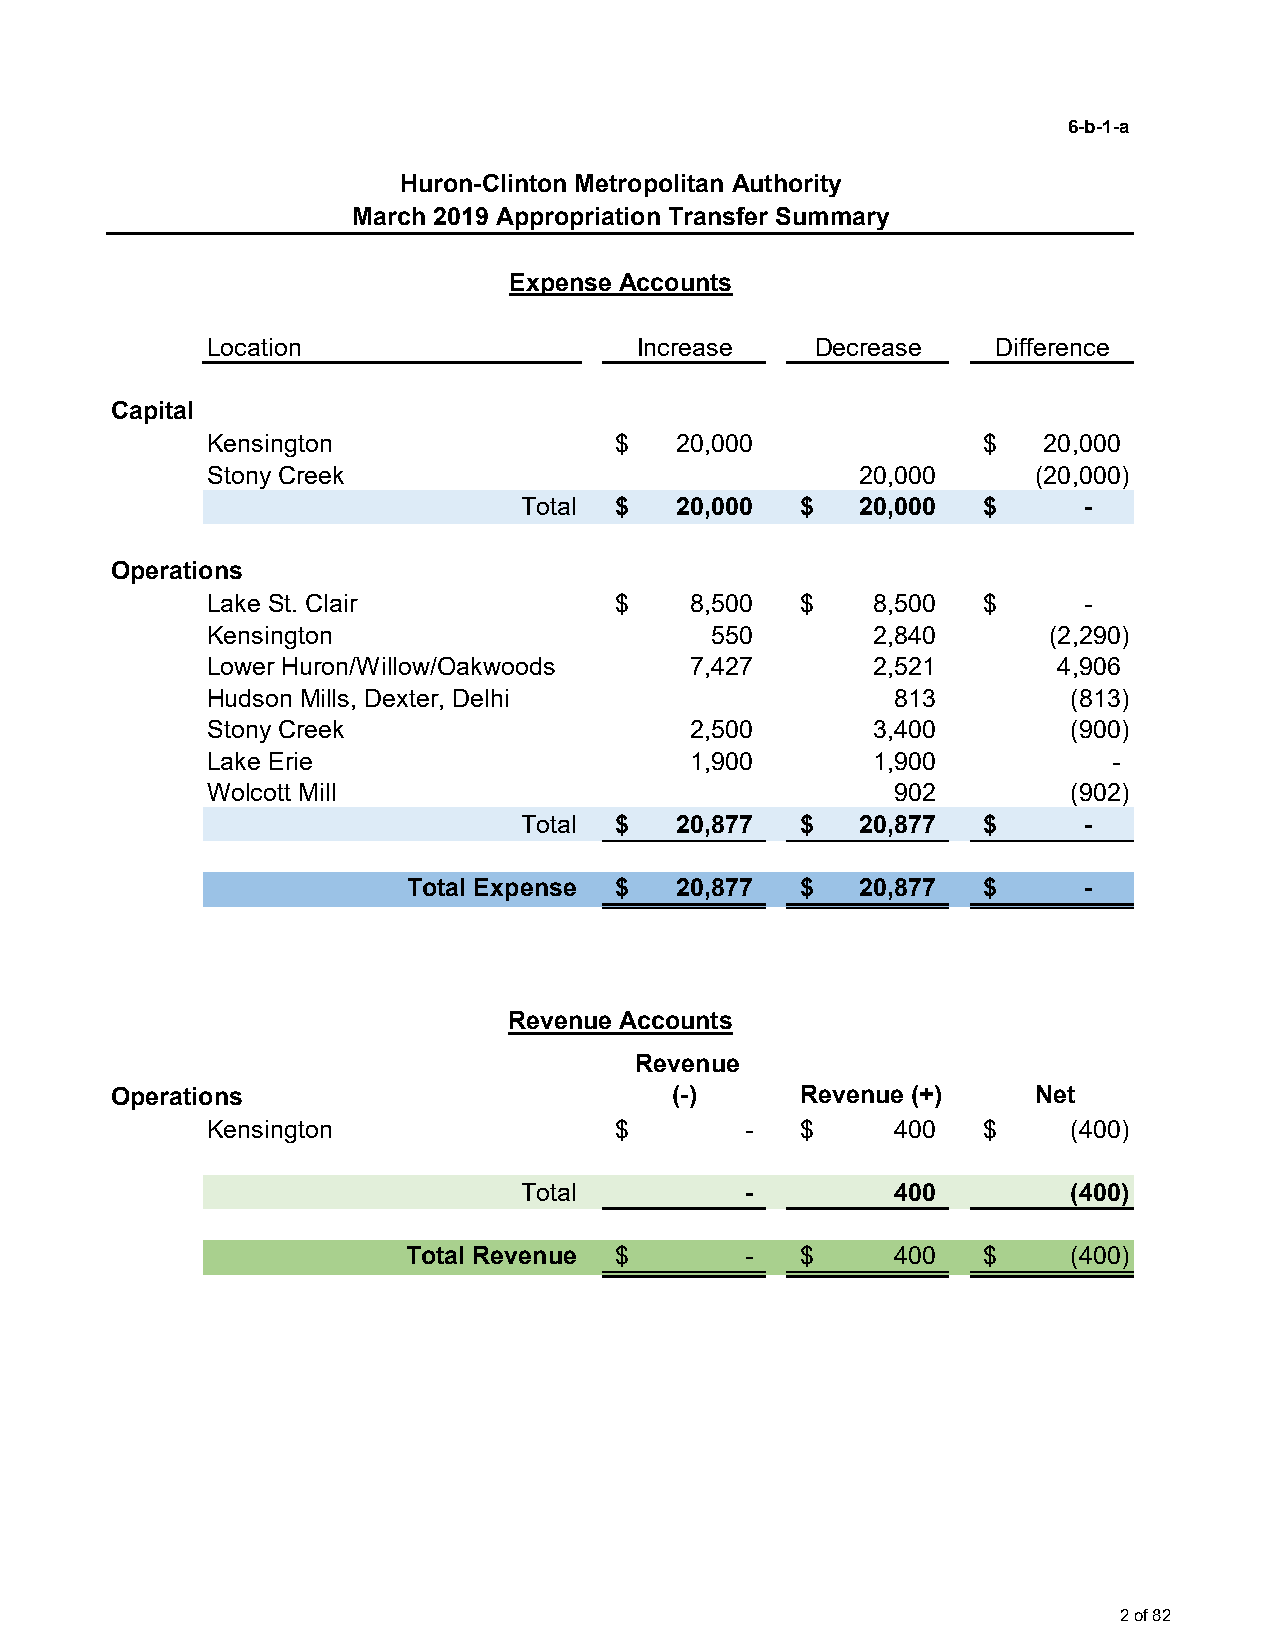
6-b-1-a
 Huron-Clinton Metropolitan Authority
 March 2019 Appropriation Transfer Summary
 Expense Accounts
 Location                     Increase    Decrease   Difference
 Capital
 Kensington                 $   20,000               $   20,000
 Stony Creek                                20,000      (20,000)
 Total $   20,000   $  20,000   $     -
 Operations
 Lake St. Clair             $    8,500   $   8,500   $     -
 Kensington                        550       2,840       (2,290)
 Lower Huron/Willow/Oakwoods     7,427       2,521        4,906
 Hudson Mills, Dexter, Delhi                   813        (813)
 Stony Creek                     2,500       3,400        (900)
 Lake Erie                       1,900       1,900           -
 Wolcott Mill                                  902        (902)
 Total $   20,877   $  20,877   $     -
 Total Expense $  20,877   $  20,877   $     -
 Revenue Accounts
 Revenue
 Operations                           (-)      Revenue (+)    Net
 Kensington                 $        -   $     400   $    (400)
 Total          -         400        (400)
 Total Revenue $       -   $     400   $    (400)
 2 of 82